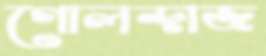
গোলন্দাজ